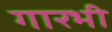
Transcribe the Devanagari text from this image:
गारभी